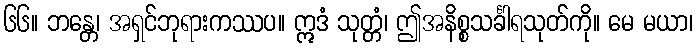
၆၆။ ဘန္တေ၊ အရှင်ဘုရားကဿပ။ ဣဒံ သုတ္တံ၊ ဤအနိစ္စသင်္ခါရသုတ်ကို။ မေ မယာ၊